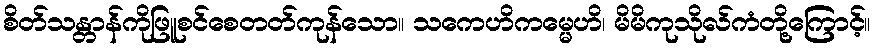
စိတ်သန္တာန်ကိုဖြူစင်စေတတ်ကုန်သော။ သကေဟိကမ္မေဟိ၊ မိမိကုသိုလ်ကံတို့ကြောင့်။